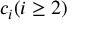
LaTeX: c _ { i } ( i \geq 2 )